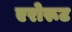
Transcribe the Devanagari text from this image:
एरोरूट